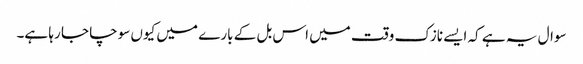
سوال یہ ہے کہ ایسے نازک وقت میں اس بل کے بارے میں کیوں سوچا جا رہا ہے۔